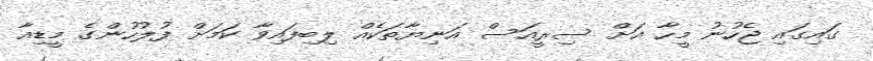
ގައިގައި ޖެހުނު މީހާ އަށް ސިރީއަސް އަނިޔާތަކެއް ލިބިފައިވާ ކަމަށް ފުލުހުންގެ މީޑިއާ